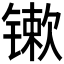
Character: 𨱒